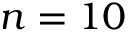
n = 1 0